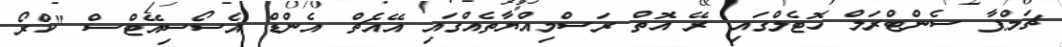
ޗަމްޕާ ސެންޓްރަލް ހޮޓެލްގައި ރޭ އޮތް ރަސްމިއްޔާތެއްގައި އޭއެޗް އެންޑް އެސޯސިއޭޓްސް "ކްރޯ